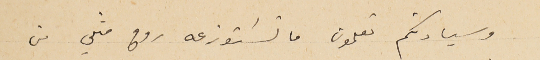
وسيادتكم تعلمون ما تسَتوزعه روح مثلي من